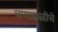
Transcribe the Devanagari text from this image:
चणाडाळीचे